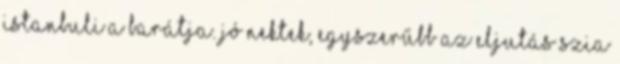
Istanbuli a barátja. Jó nektek, egyszerűbb az eljutás Szia